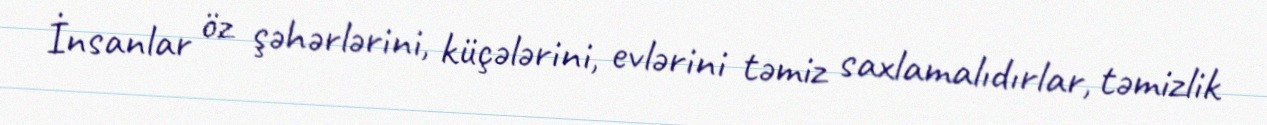
İnsanlar öz şəhərlərini, küçələrini, evlərini təmiz saxlamalıdırlar, təmizlik